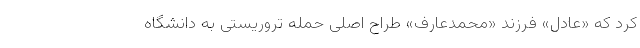
کرد که «عادل» فرزند «محمدعارف» طراح اصلی حمله تروریستی به دانشگاه